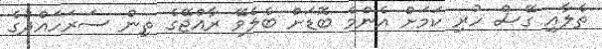
ތެލާއި ގޭސް ހުރި ކަމަށް އެންމެ ބޮޑަށް ބެލެވޭ ރާއްޖޭގެ ތިން ސަރަހައްދުގެ